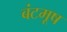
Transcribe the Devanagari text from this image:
बंटमूष